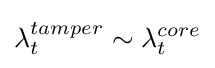
\lambda _{t}^{tamper}\sim \lambda _{t}^{core}